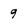
Character: 9